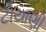
ટોયાણી